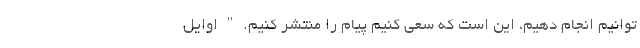
‌توانیم انجام دهیم، این است که سعی کنیم پیام را منتشر کنیم. " اوایل